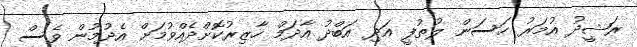
ރަޝީދު އުމަރު ހަސަން ލުތުފީ އަދި އަބްދު އާދަމް ހާޒިރުކޮށްދެއްވުމަށް އެދުމުން ވެސް